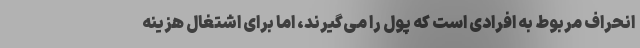
انحراف مربوط به افرادی است که پول را می‌گیرند، اما برای اشتغال هزینه